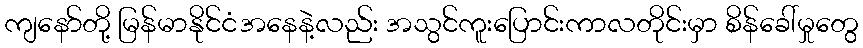
ကျနော်တို့ မြန်မာနိုင်ငံအနေနဲ့လည်း အသွင်ကူးပြောင်းကာလတိုင်းမှာ စိန်ခေါ်မှုတွေ